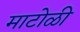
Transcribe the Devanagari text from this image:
माटोळी